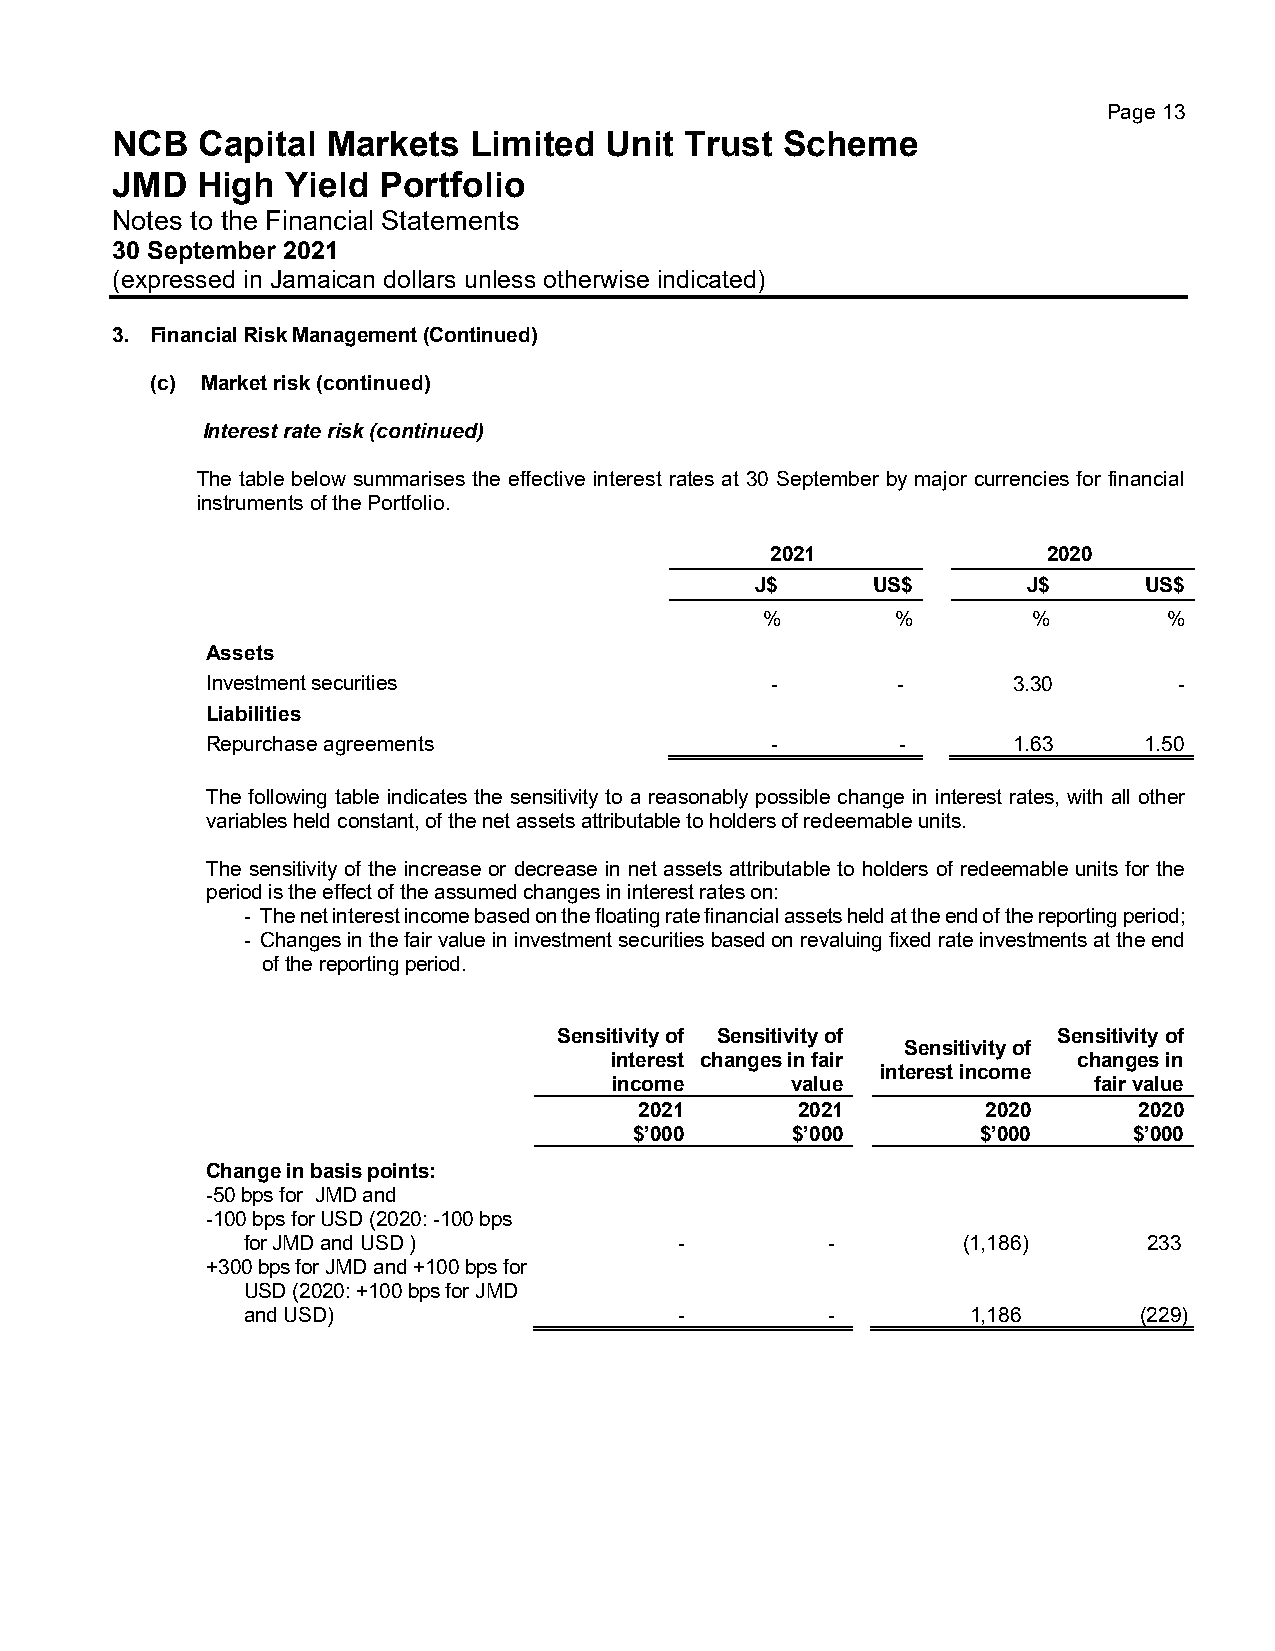
Page 13
 NCB   Capital  Markets  Limited  Unit Trust  Scheme
 JMD   High  Yield Portfolio
 Notes to the Financial Statements
 30 September 2021
 (expressed in Jamaican dollars unless otherwise indicated)
 3. Financial Risk Management (Continued)
 (c) Market risk (continued)
 Interest rate risk (continued)
 The table below summarises the effective interest rates at 30 September by major currencies for financial
 instruments of the Portfolio.
 2021              2020
 J$      US$       J$      US$
 %       %        %        %
 Assets
 Investment securities                -       -       3.30       -
 Liabilities
 Repurchase agreements                -        -      1.63     1.50
 The following table indicates the sensitivity to a reasonably possible change in interest rates, with all other
 variables held constant, of the net assets attributable to holders of redeemable units.
 The sensitivity of the increase or decrease in net assets attributable to holders of redeemable units for the
 period is the effect of the assumed changes in interest rates on:
 - The net interest income based on the floating rate financial assets held at the end of the reporting period;
 - Changes in the fair value in investment securities based on revaluing fixed rate investments at the end
 of the reporting period.
 Sensitivity of Sensitivity of    Sensitivity of
 Sensitivity of
 interest changes in fair       changes in
 interest income
 income     value               fair value
 2021       2021        2020      2020
 $’000     $’000        $’000     $’000
 Change in basis points:
 -50 bps for JMD and
 -100 bps for USD (2020: -100 bps
 for JMD and USD )            -         -        (1,186)     233
 +300 bps for JMD and +100 bps for
 USD (2020: +100 bps for JMD
 and USD)                     -         -        1,186      (229)